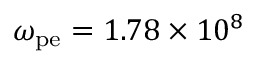
\omega _ { \mathrm { p e } } = 1 . 7 8 \times 1 0 ^ { 8 }